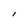
Character: l